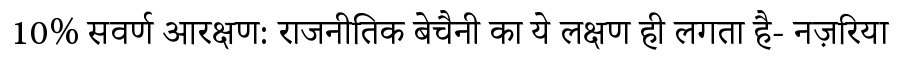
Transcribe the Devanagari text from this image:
10% सवर्ण आरक्षण: राजनीतिक बेचैनी का ये लक्षण ही लगता है- नज़रिया